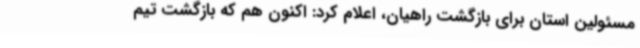
مسئولین استان برای بازگشت راهیان، اعلام کرد: اکنون هم که بازگشت تیم